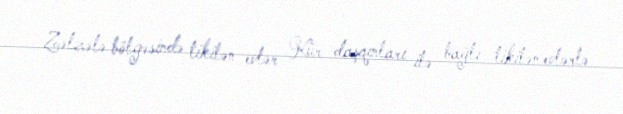
Zəlzələ bölgəsində tikilən evlər Kür daşqınları ilə bağlı tikilən evlərlə